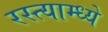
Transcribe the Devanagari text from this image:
रस्त्याम्ध्ये